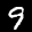
Label: 9